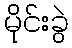
မိုင်းခွဲ